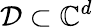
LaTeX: \mathcal{D}\subset\mathbb{C}^{d}